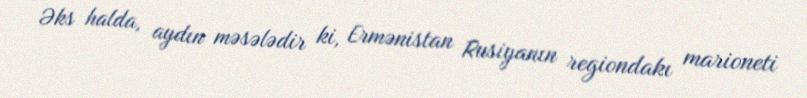
Əks halda, aydın məsələdir ki, Ermənistan Rusiyanın regiondakı marioneti